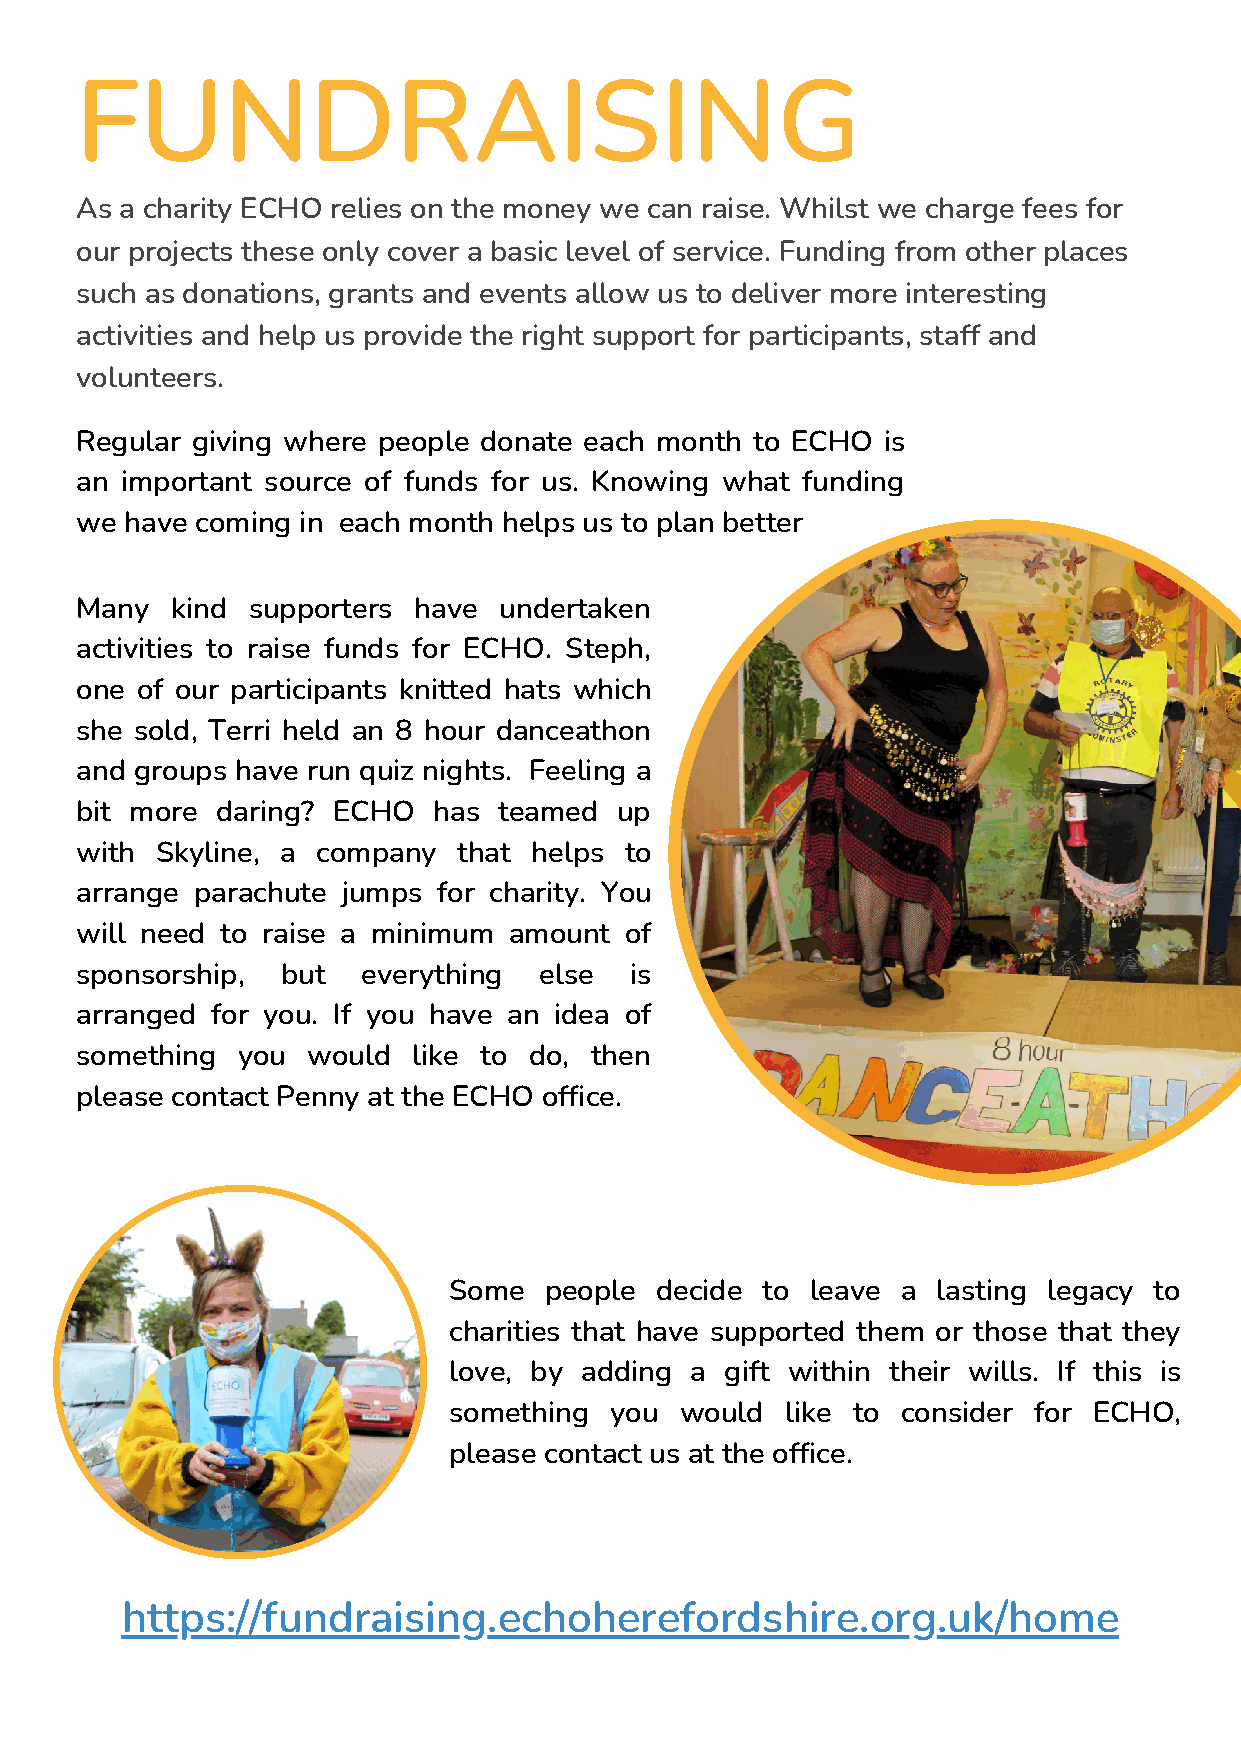
FUNDRAISING
 As a charity ECHO relies on the money we can raise. Whilst we charge fees for
 our projects these only cover a basic level of service. Funding from other places
 such as donations, grants and events allow us to deliver more interesting
 activities and help us provide the right support for participants, staff and
 volunteers.
 Regular giving where people donate each month to ECHO is
 an important source of funds for us. Knowing what funding
 we have coming in each month helps us to plan better
 Many  kind supporters have  undertaken
 activities to raise funds for ECHO. Steph,
 one of our participants knitted hats which
 she sold, Terri held an 8 hour danceathon
 and groups have run quiz nights. Feeling a
 bit more daring? ECHO   has teamed  up
 with Skyline, a company  that helps to
 arrange parachute jumps for charity. You
 will need to raise a minimum amount of
 sponsorship,  but  everything  else  is
 arranged for you. If you have an idea of
 something  you would  like to do, then
 please contact Penny at the ECHO office.
 Some  people decide to  leave a lasting legacy to
 charities that have supported them or those that they
 love, by adding a gift within their wills. If this is
 FIGURE 1.
 something you  would  like to consider for ECHO,
 According to Wikipedia, an
 please contact us at the office.
 annual report is a
 comprehensive report on a
 company's activities
 throughout the preceding
 https://fundraising.echoherefordshire.oyerarg.        .uk/home